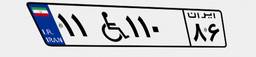
۱۱W۱۱۰۸۶